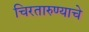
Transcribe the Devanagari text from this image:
चिरतारुण्याचे